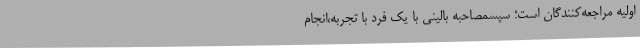
اولیه مراجعه‌کنندگان است؛ سپسمصاحبه بالینی با یک فرد با تجربه،انجام